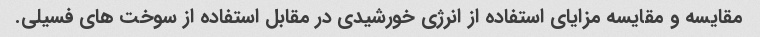
مقایسه و مقایسه مزایای استفاده از انرژی خورشیدی در مقابل استفاده از سوخت های فسیلی.